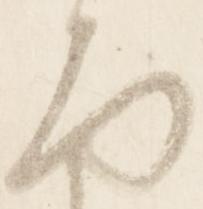
面